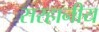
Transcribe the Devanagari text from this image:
सरहानीय